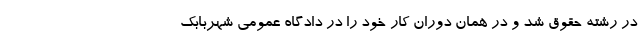
در رشته حقوق شد و در همان دوران کار خود را در دادگاه عمومی شهربابک